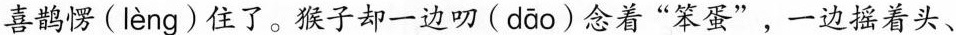
喜鹊愣( lèng )住了。猴子却一边叨( dāo )念着“笨蛋”，一边摇着头、